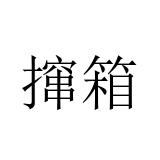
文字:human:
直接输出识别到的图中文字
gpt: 撺箱